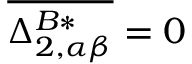
\overline { { \Delta _ { 2 , \alpha \beta } ^ { B * } } } = 0